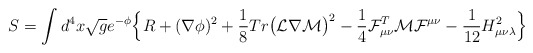
\begin{align*}S = \int d^4x \sqrt{{g}} e^{- \phi} \Bigl\{{R} + ({\nabla} \phi)^2 + \frac{1}{8} Tr \bigl({\cal L} \nabla {\cal M}\bigr)^2- \frac{1}{4} {\cal F}^T_{\mu\nu} {\cal M} {\cal F}^{\mu\nu}- \frac{1}{12} {H}^2_{\mu\nu\lambda}\Bigr\}\end{align*}